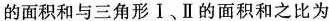
的面积和与三角形Ⅰ、Ⅱ的面积和之比为